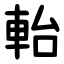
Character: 軩